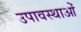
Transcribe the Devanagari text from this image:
उपावस्थाओं